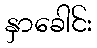
နှာခေါင်း